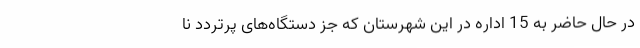
در حال حاضر به 15 اداره در این شهرستان که جز دستگاه‌های پرتردد نا